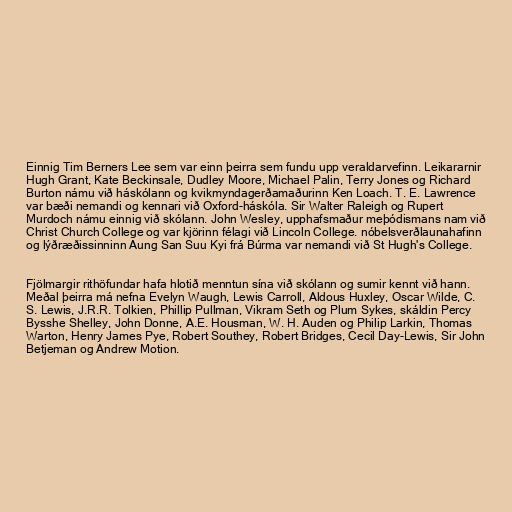
Einnig Tim Berners Lee sem var einn þeirra sem fundu upp veraldarvefinn. Leikararnir
Hugh Grant, Kate Beckinsale, Dudley Moore, Michael Palin, Terry Jones og Richard
Burton námu við háskólann og kvikmyndagerðamaðurinn Ken Loach. T. E. Lawrence
var bæði nemandi og kennari við Oxford-háskóla. Sir Walter Raleigh og Rupert
Murdoch námu einnig við skólann. John Wesley, upphafsmaður meþódismans nam við
Christ Church College og var kjörinn félagi við Lincoln College. nóbelsverðlaunahafinn
og lýðræðissinninn Aung San Suu Kyi frá Búrma var nemandi við St Hugh's College.

Fjölmargir rithöfundar hafa hlotið menntun sína við skólann og sumir kennt við hann.
Meðal þeirra má nefna Evelyn Waugh, Lewis Carroll, Aldous Huxley, Oscar Wilde, C.
S. Lewis, J.R.R. Tolkien, Phillip Pullman, Vikram Seth og Plum Sykes, skáldin Percy
Bysshe Shelley, John Donne, A.E. Housman, W. H. Auden og Philip Larkin, Thomas
Warton, Henry James Pye, Robert Southey, Robert Bridges, Cecil Day-Lewis, Sir John
Betjeman og Andrew Motion.